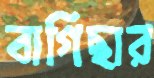
বাগিছার